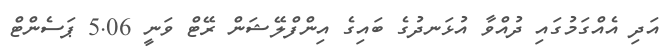
އަދި އެއްގަމުގައި ދުއްވާ އުޅަނދުގެ ބައިގެ އިންފްލޭޝަން ރޭޓް ވަނީ 5.06 ޕަސެންޓް